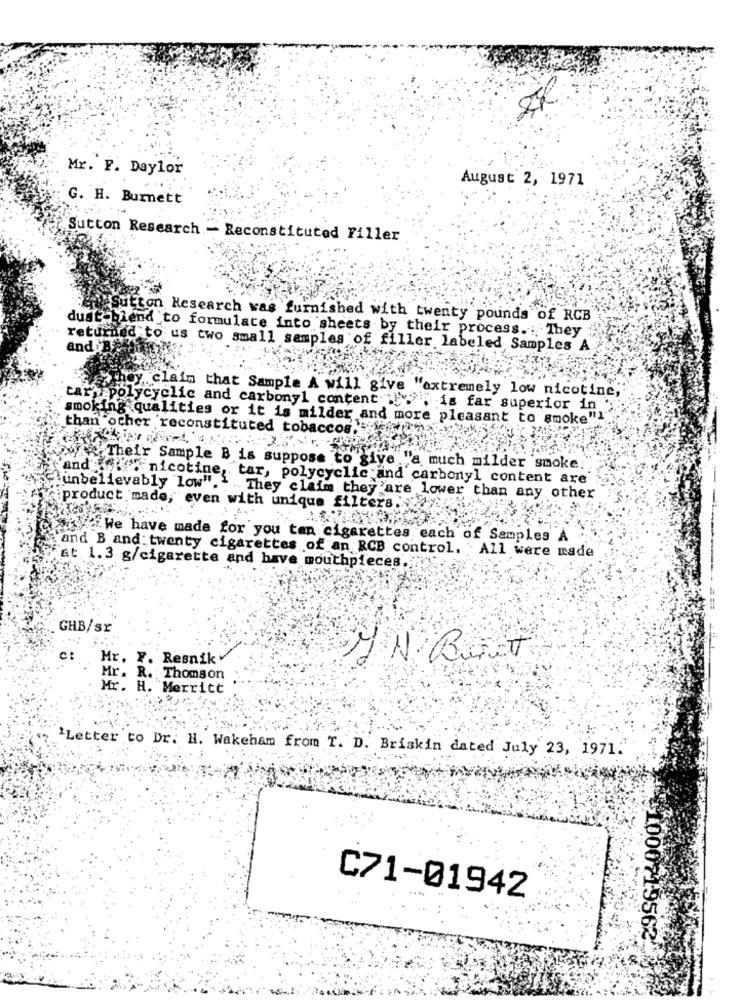
Mr. F. Daylor
August 2, 1971
G. H. Burnett
Sutton Research - Reconstituted Filler
Sutton Research was furnished with twenty pounds of RCB
dustablend to formulate into sheets by their process .; They
returned to us two small samples of filler labeled Samples A
And B.
hoy claim that Sample A will give "extremely low nicotine,
tar', polycyclic and carbonyl content " ...
is far superior in
smoking qualities or it is milder and more pleasant to smoke".
than other reconstituted tobaccos.
Their Sample B is suppose to give "a much milder smoke.
and after nicotine, tar, polycyclic and carbonyl content are
unbelievably low".1 .They claim they are lower than any other
product made, even with unique filters.
--
ifWe have made for you ten cigarettes each of Samples A
and B and twenty cigarettes of an RCB control. " All were made
at. 1.3 g/cigarette and have mouthpieces.
GHB/sr
c:
Mr. Y. Resnik
Mr. R. : Thomson
Mr. H. Merritt
' Letter to Dr. H. Wakeham from T. D. Briskin dated July 23, 1971.
C71-01942
001000719562